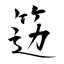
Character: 笾